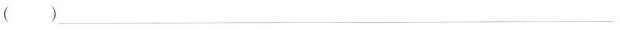
( )_________